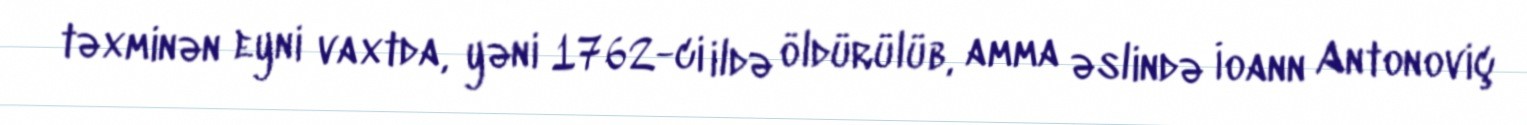
təxminən eyni vaxtda, yəni 1762-ci ildə öldürülüb, amma əslində İoann Antonoviç